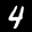
Label: 4